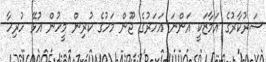
ސަރުކާރުގެ އަމާޒަކީ އަންނަ އަހަރުގެ ޖޫން މަހުގެ ކުރިން މީހުން އުޅޭ ހުރިހާ